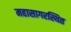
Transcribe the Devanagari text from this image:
महासागरस्थित